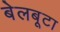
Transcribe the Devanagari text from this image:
बेलबूटा